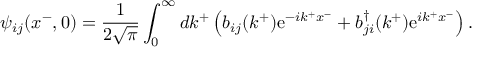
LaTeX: \psi _ { i j } ( x ^ { - } , 0 ) = \frac { 1 } { 2 \sqrt { \pi } } \int _ { 0 } ^ { \infty } d k ^ { + } \left( b _ { i j } ( k ^ { + } ) \mathrm { e } ^ { - i k ^ { + } x ^ { - } } + b _ { j i } ^ { \dag } ( k ^ { + } ) \mathrm { e } ^ { i k ^ { + } x ^ { - } } \right) .